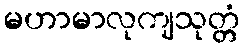
မဟာမာလုကျသုတ္တံ